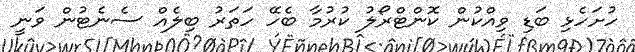
ހުށަހެޅި ބަޑި ވިއްކުން ކޮންޓްރޯލު ކުރުމާ ބެހޭ ހަތަރު ބިލެއް ސެނެޓުން ވަނީ